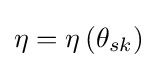
\eta =\eta \,({{\theta }_{sk}})